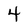
Character: 4